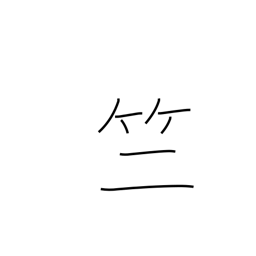
Meaning: bamboo